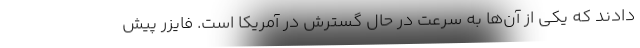
دادند که یکی از آن‌ها به سرعت در حال گسترش در آمریکا است. فایزر پیش